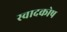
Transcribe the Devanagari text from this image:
स्वादकोष